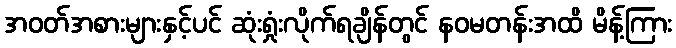
အဝတ်အစားများနှင့်ပင် ဆုံးရှုံးလိုက်ရချိန်တွင် နဝမတန်းအထိ မိန့်ကြား